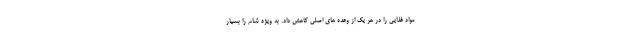
مواد غذایی را در هر یک از وعده های اصلی کاهش داد. به ویژه شام را بسیار